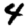
Digit: 4